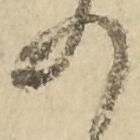
の